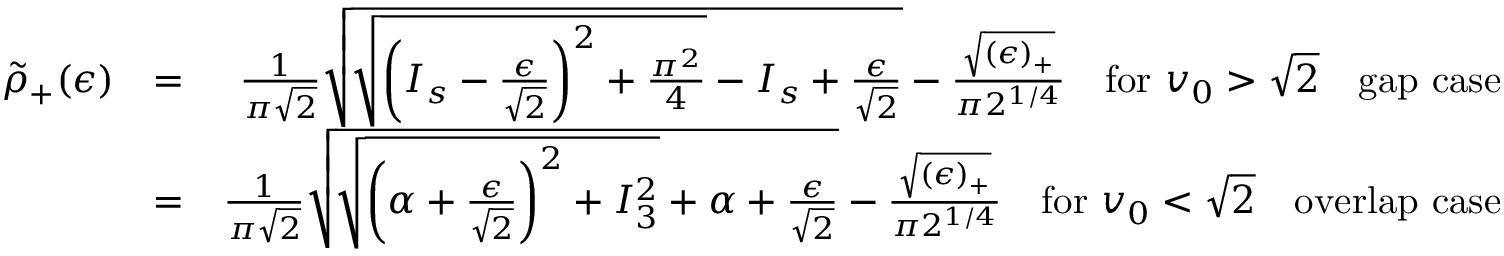
\begin{array} { r l r } { \tilde { \rho } _ { + } ( \epsilon ) } & { = } & { \frac { 1 } { \pi \sqrt { 2 } } \sqrt { \sqrt { \left( I _ { s } - \frac { \epsilon } { \sqrt { 2 } } \right) ^ { 2 } + \frac { \pi ^ { 2 } } { 4 } } - I _ { s } + \frac { \epsilon } { \sqrt { 2 } } } - \frac { \sqrt { ( \epsilon ) _ { + } } } { \pi 2 ^ { 1 / 4 } } \quad \mathrm { f o r } \ v _ { 0 } > \sqrt { 2 } \quad \mathrm { g a p ~ c a s e } } \\ & { = } & { \frac { 1 } { \pi \sqrt { 2 } } \sqrt { \sqrt { \left( \alpha + \frac { \epsilon } { \sqrt { 2 } } \right) ^ { 2 } + I _ { 3 } ^ { 2 } } + \alpha + \frac { \epsilon } { \sqrt { 2 } } } - \frac { \sqrt { ( \epsilon ) _ { + } } } { \pi 2 ^ { 1 / 4 } } \quad \mathrm { f o r } \ v _ { 0 } < \sqrt { 2 } \quad \mathrm { o v e r l a p ~ c a s e } } \end{array}